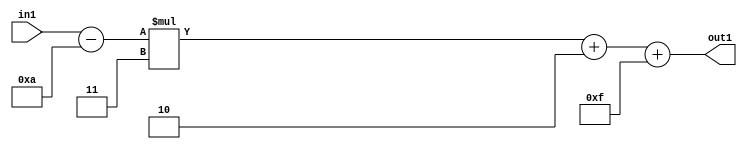
`timescale 1ps / 1ps
/*****************************************************************************
    Verilog RTL Description
    
    
    Created by: Stratus DpOpt 21.05.01 
*******************************************************************************/

module SobelFilter_Add2i15Add2i2Mul2i3Subi10s6_1 (
	in1,
	out1
	); /* architecture "behavioural" */ 
input [5:0] in1;
output [5:0] out1;
wire [5:0] asc001,
	asc003,
	asc004;

assign asc004 = 
	+(in1)
	-(6'B001010);

wire [5:0] asc003_tmp_0;
assign asc003_tmp_0 = 
	+(asc004 * 6'B000011);
assign asc003 = asc003_tmp_0
	+(6'B000010);

assign asc001 = 
	+(asc003)
	+(6'B001111);

assign out1 = asc001;
endmodule

/* CADENCE  uLj4SA8= : u9/ySxbfrwZIxEzHVQQV8Q== ** DO NOT EDIT THIS LINE ******/